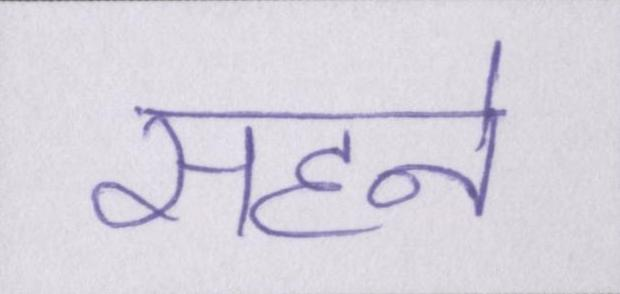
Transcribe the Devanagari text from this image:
सहने